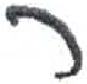
אות: ף